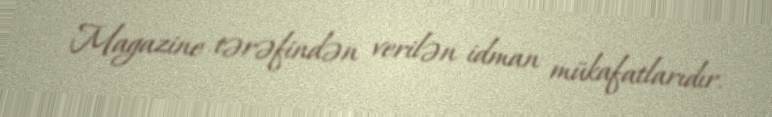
Magazine tərəfindən verilən idman mükafatlarıdır.